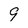
Character: 9